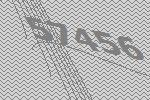
57456